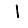
Digit: 1